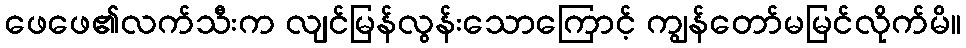
ဖေဖေ၏လက်သီးက လျင်မြန်လွန်းသောကြောင့် ကျွန်တော်မမြင်လိုက်မိ။